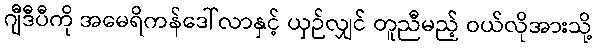
ဂျီဒီပီကို အမေရိကန်ဒေါ်လာနှင့် ယှဉ်လျှင် တူညီမည့် ဝယ်လိုအားသို့